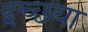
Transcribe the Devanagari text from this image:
इच्छया